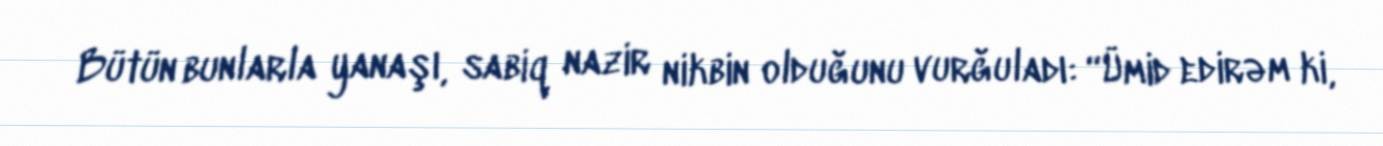
Bütün bunlarla yanaşı, sabiq nazir nikbin olduğunu vurğuladı: “Ümid edirəm ki,